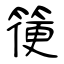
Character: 箯